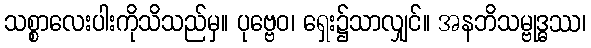
သစ္စာလေးပါးကိုသိသည်မှ။ ပုဗ္ဗေဝ၊ ရှေး၌သာလျှင်။ အနဘိသမ္ဗုဒ္ဓဿ၊